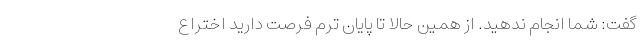
گفت: شما انجام ندهید. از همین حالا تا پایان ترم فرصت دارید اختراع